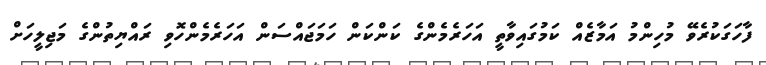
ފާހަގަކުރެވޭ މުހިންމު އަމާޒެއް ކަމުގައިވާތީ އަހަރެމެންގެ ކަންކަން ހަމަޖައްސަން އަހަރެމެންހޮވި ރައްޔިތުންގެ މަޖިލީހަށް